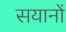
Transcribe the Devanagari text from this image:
सयानों